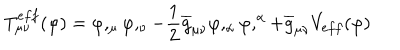
LaTeX: T _ { \mu \nu } ^ { e f f } ( \varphi ) = \varphi , _ { \mu } \varphi , _ { \nu } - \frac { 1 } { 2 } \overline { { { g } } } _ { \mu \nu } \varphi , _ { \alpha } \varphi , ^ { \alpha } + \overline { { { g } } } _ { \mu \nu } V _ { e f f } ( \varphi )